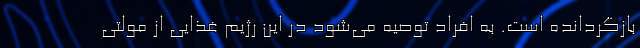
بازگردانده است. به افراد توصیه می‌شود در این رژیم غذایی از مولتی‌